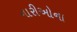
નારીઓના